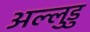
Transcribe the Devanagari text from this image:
अल्लुडु